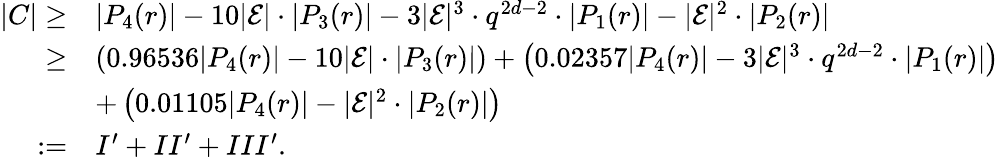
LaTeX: \begin{array}{rl}{|C|\geq}&{|P_{4}(r)|-10|\mathcal{E}|\cdot|P_{3}(r)|-3|\mathcal{E}|^{3}\cdot q^{2d-2}\cdot|P_{1}(r)|-|\mathcal{E}|^{2}\cdot|P_{2}(r)|}\\ {\geq}&{\left(0.96536|P_{4}(r)|-10|\mathcal{E}|\cdot|P_{3}(r)|\right)+\left(0.02357|P_{4}(r)|-3|\mathcal{E}|^{3}\cdot q^{2d-2}\cdot|P_{1}(r)|\right)}\\ &{+\left(0.01105|P_{4}(r)|-|\mathcal{E}|^{2}\cdot|P_{2}(r)|\right)}\\ {:=}&{I^{\prime}+II^{\prime}+III^{\prime}.}\end{array}